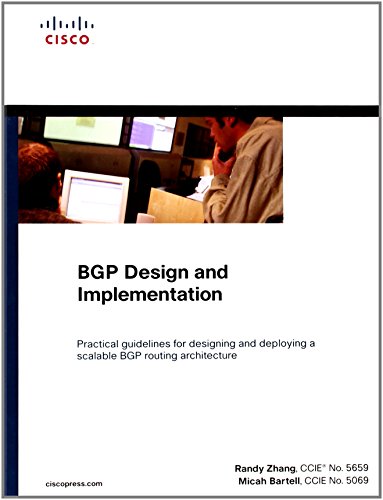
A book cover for BGP Design and Implementation; Randy Zhang; Computers & Technology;